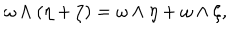
\omega \wedge ( \eta + \zeta ) = \omega \wedge \eta + \omega \wedge \zeta ,